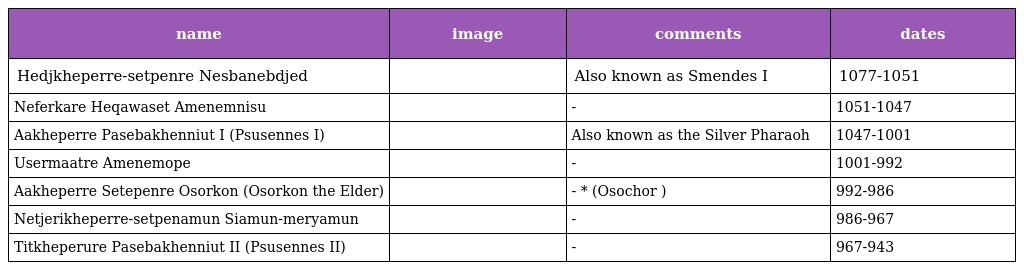
| name | image | comments | dates |
 | --- | --- | --- | --- |
 | Hedjkheperre-setpenre Nesbanebdjed |  | Also known as Smendes I | 1077-1051 |
 | Neferkare Heqawaset Amenemnisu |  | - | 1051-1047 |
 | Aakheperre Pasebakhenniut I (Psusennes I) |  | Also known as the Silver Pharaoh | 1047-1001 |
 | Usermaatre Amenemope |  | - | 1001-992 |
 | Aakheperre Setepenre Osorkon (Osorkon the Elder) |  | - * (Osochor ) | 992-986 |
 | Netjerikheperre-setpenamun Siamun-meryamun |  | - | 986-967 |
 | Titkheperure Pasebakhenniut II (Psusennes II) |  | - | 967-943 |